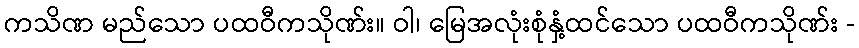
ကသိဏ မည်သော ပထဝီကသိုဏ်း။ ဝါ၊ မြေအလုံးစုံနှံ့ထင်သော ပထဝီကသိုဏ်း -